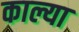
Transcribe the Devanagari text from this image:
काल्या